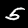
Digit: 5